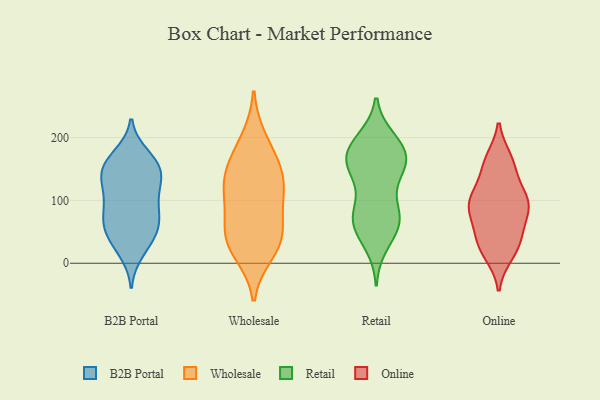
{"axis": {"x": "Humidity (%)", "y": "Value"}, "legend": ["B2B Portal", "Online", "Retail", "Wholesale"], "data": [{"x": "", "y": 150, "type": "B2B Portal"}, {"x": "", "y": 152, "type": "B2B Portal"}, {"x": "", "y": 80, "type": "B2B Portal"}, {"x": "", "y": 162, "type": "B2B Portal"}, {"x": "", "y": 18, "type": "B2B Portal"}, {"x": "", "y": 140, "type": "B2B Portal"}, {"x": "", "y": 100, "type": "B2B Portal"}, {"x": "", "y": 136, "type": "B2B Portal"}, {"x": "", "y": 163, "type": "B2B Portal"}, {"x": "", "y": 28, "type": "B2B Portal"}, {"x": "", "y": 172, "type": "B2B Portal"}, {"x": "", "y": 42, "type": "B2B Portal"}, {"x": "", "y": 74, "type": "B2B Portal"}, {"x": "", "y": 54, "type": "B2B Portal"}, {"x": "", "y": 54, "type": "B2B Portal"}, {"x": "", "y": 108, "type": "B2B Portal"}, {"x": "", "y": 134, "type": "B2B Portal"}, {"x": "", "y": 59, "type": "B2B Portal"}, {"x": "", "y": 78, "type": "B2B Portal"}, {"x": "", "y": 116, "type": "B2B Portal"}, {"x": "", "y": 120, "type": "Wholesale"}, {"x": "", "y": 107, "type": "Wholesale"}, {"x": "", "y": 60, "type": "Wholesale"}, {"x": "", "y": 147, "type": "Wholesale"}, {"x": "", "y": 32, "type": "Wholesale"}, {"x": "", "y": 45, "type": "Wholesale"}, {"x": "", "y": 169, "type": "Wholesale"}, {"x": "", "y": 197, "type": "Wholesale"}, {"x": "", "y": 17, "type": "Wholesale"}, {"x": "", "y": 105, "type": "Wholesale"}, {"x": "", "y": 39, "type": "Wholesale"}, {"x": "", "y": 141, "type": "Wholesale"}, {"x": "", "y": 164, "type": "Retail"}, {"x": "", "y": 30, "type": "Retail"}, {"x": "", "y": 139, "type": "Retail"}, {"x": "", "y": 65, "type": "Retail"}, {"x": "", "y": 174, "type": "Retail"}, {"x": "", "y": 136, "type": "Retail"}, {"x": "", "y": 166, "type": "Retail"}, {"x": "", "y": 47, "type": "Retail"}, {"x": "", "y": 197, "type": "Retail"}, {"x": "", "y": 174, "type": "Retail"}, {"x": "", "y": 189, "type": "Retail"}, {"x": "", "y": 79, "type": "Retail"}, {"x": "", "y": 67, "type": "Retail"}, {"x": "", "y": 66, "type": "Retail"}, {"x": "", "y": 78, "type": "Retail"}, {"x": "", "y": 192, "type": "Retail"}, {"x": "", "y": 154, "type": "Retail"}, {"x": "", "y": 85, "type": "Retail"}, {"x": "", "y": 157, "type": "Retail"}, {"x": "", "y": 164, "type": "Online"}, {"x": "", "y": 43, "type": "Online"}, {"x": "", "y": 30, "type": "Online"}, {"x": "", "y": 85, "type": "Online"}, {"x": "", "y": 59, "type": "Online"}, {"x": "", "y": 101, "type": "Online"}, {"x": "", "y": 106, "type": "Online"}, {"x": "", "y": 153, "type": "Online"}, {"x": "", "y": 97, "type": "Online"}, {"x": "", "y": 96, "type": "Online"}, {"x": "", "y": 15, "type": "Online"}, {"x": "", "y": 91, "type": "Online"}, {"x": "", "y": 27, "type": "Online"}, {"x": "", "y": 157, "type": "Online"}]}